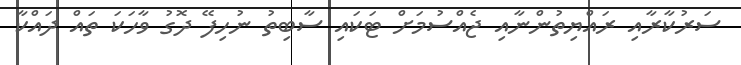
ސަރުކާރާއި ރައްޔިތުންނާއި ޖެއްސުމަށް ޓަކައި ސާބިތު ނުހިފޭ ދޮގު ވާހަކަ ތައް ދައްކާ